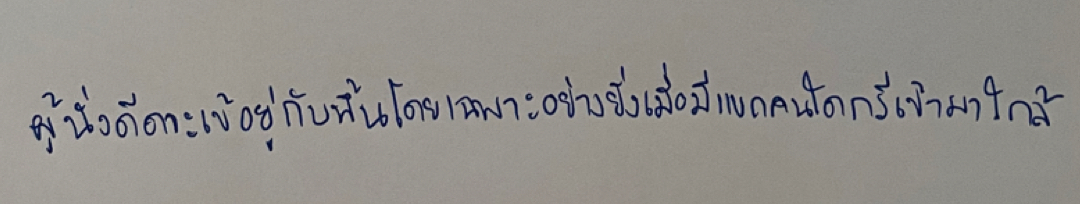
ผู้นั่งดีดจะเข้อยู่กับพื้นโดยเฉพาะอย่างยิ่งเมื่อมีแขกคนใดกรีเข้ามาใกล้